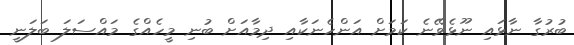
ބުރުގާ ނާޅައި ނޫޅެވޭނެ ކަމަށް އަންހެނަކާއި ދިމާއަށް ބުނި މީހެއްގެ މައްސަލަ ބަލަނީ